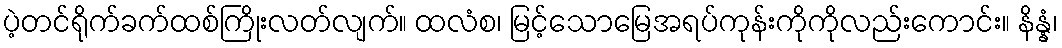
ပဲ့တင်ရိုက်ခက်ထစ်ကြိုးလတ်လျက်။ ထလံစ၊ မြင့်သောမြေအရပ်ကုန်းကိုကိုလည်းကောင်း။ နိန္နံ၊